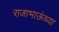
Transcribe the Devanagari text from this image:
राजाभाऊंच्या